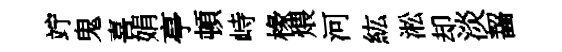
竚鬼喜娟亭頓峙椽煨河紘淞却淡齧